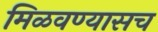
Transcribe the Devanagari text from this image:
मिळवण्यासच